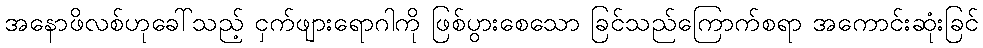
အနောဖိလစ်ဟုခေါ်သည့် ငှက်ဖျားရောဂါကို ဖြစ်ပွားစေသော ခြင်သည်ကြောက်စရာ အကောင်းဆုံးခြင်